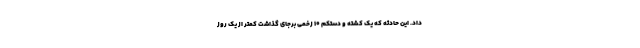
داد. این حادثه که یک کشته و دستکم ۱۰ زخمی برجای گذاشت کمتر از یک روز